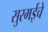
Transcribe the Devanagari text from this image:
सुरमईचे